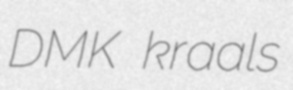
DMK kraals